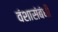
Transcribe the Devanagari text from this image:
वंशासंबंधी